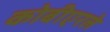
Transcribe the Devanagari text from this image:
कोबीएरले